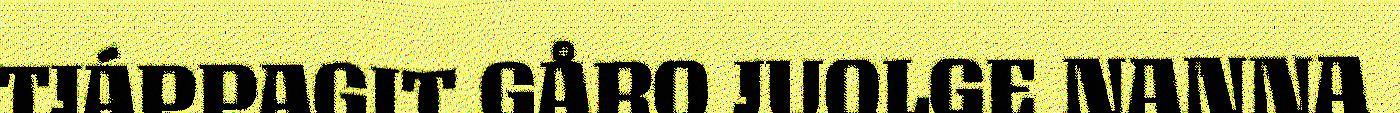
TJÁPPAGIT GÅRO JUOLGE NANNA